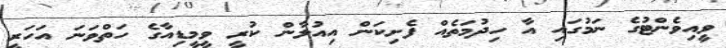
ވީއިވެންޓުގެ ނަމުގައި އާ ހިދުމަތެއް ފެށިކަން އިއުލާން ކުރީ ވީމީޑިއާގެ ހަތްވަނަ އަހަރީ